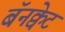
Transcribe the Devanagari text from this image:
बॅनक्वेट